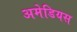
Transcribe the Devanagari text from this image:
अमेडियस